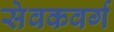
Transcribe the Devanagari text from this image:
सेवकवर्ग